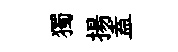
獨揚盍